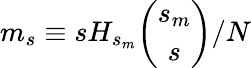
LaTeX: m_{s}\equiv sH_{s_{m}}{\binom{s_{m}}{s}}/N